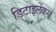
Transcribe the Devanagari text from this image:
डिटाइलेंकस